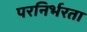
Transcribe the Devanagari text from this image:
परनिर्भरता